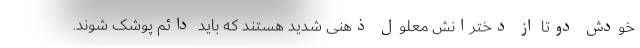
خودش دوتا از دخترانش معلول ذهنی شدید هستند که باید دائم پوشک شوند.